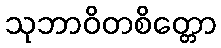
သုဘာဝိတစိတ္တော